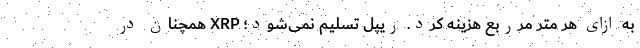
به ازای هر متر مرربع هزینه کرد. ریپل تسلیم نمی‌شود؛ XRP همچنان در